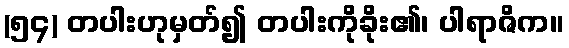
(၅၄) တပါးဟုမှတ်၍ တပါးကိုခိုး၏၊ ပါရာဇိက။